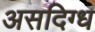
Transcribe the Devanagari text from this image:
असदिग्ध